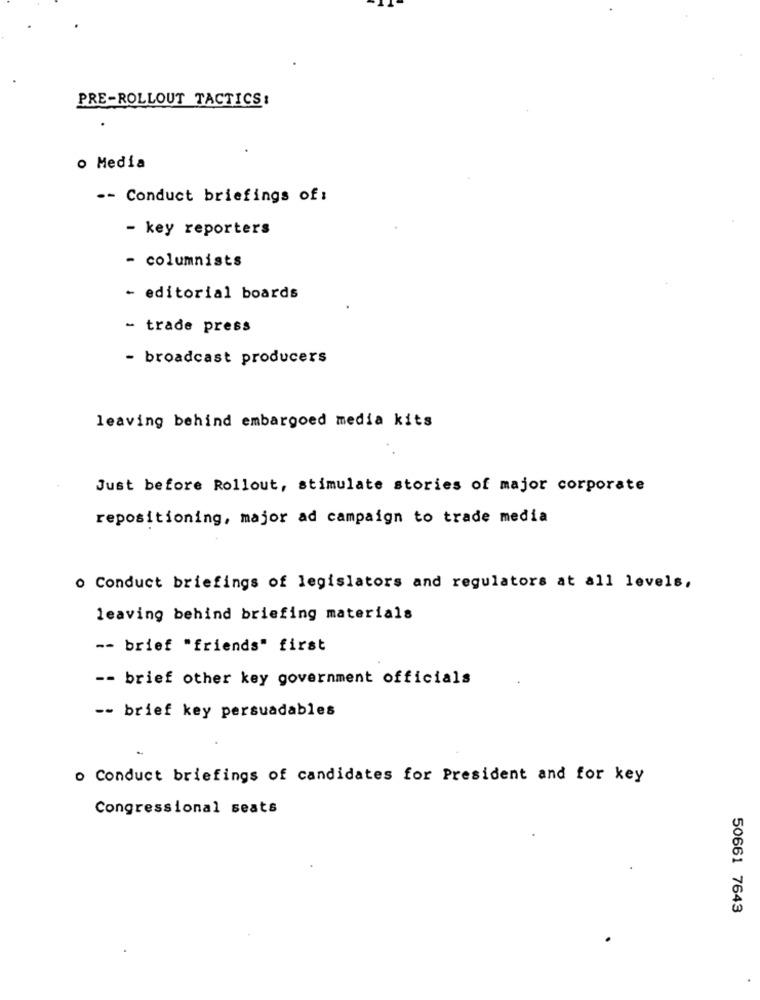
PRE-ROLLOUT TACTICS:
o Media
-- Conduct briefings of :
- key reporters
- columnists
- editorial boards
- trade press
- broadcast producers
leaving behind embargoed media kits
Just before Rollout, stimulate stories of major corporate
repositioning, major ad campaign to trade media
o Conduct briefings of legislators and regulators at all levels,
leaving behind briefing materials
-- brief "friends" first
-- brief other key government officials
-- brief key persuadables
o Conduct briefings of candidates for President and for key
Congressional seats
50661 7643